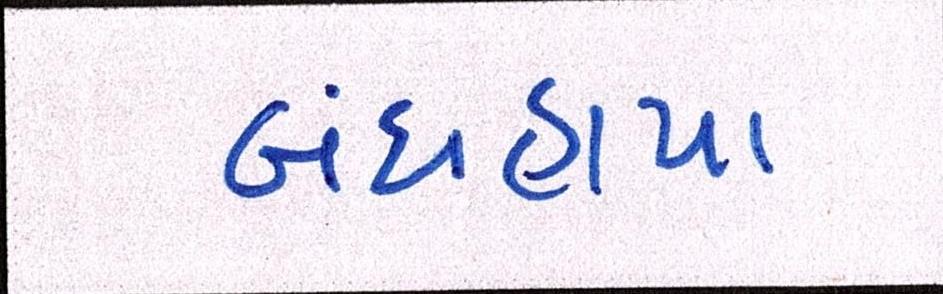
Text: બંધહાપા